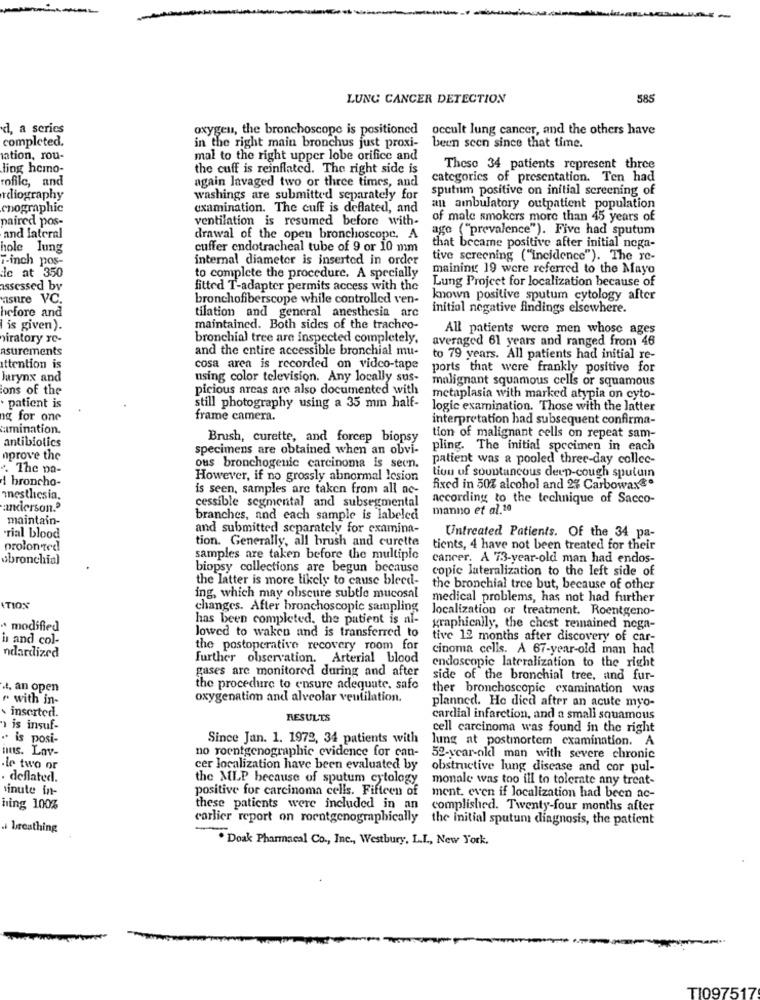
LUNG CANCER DETECTION
585
d, a series
oxygen, the bronchoscope is positioned
occult lung cancer, and the others have
completed.
in the right main bronchus just proxi-
been seen since that time.
ation, rou-
mal to the right upper lobe orifice and
ling hemo-
the cuff is reinflated. The right side is
These 34 patients represent three
rofilc, and
again lavaged two or three times, and
categories of presentation. Ten had
sputum positive on initial screening of
rdiography
washings are submitted separately for
cnographic
examination. The cuff is deflated, and
an ambulatory outpatient population
paired pos-
ventilation is resumed before with-
of male smokers more than 45 years of
ago ("prevalence"). Five had sputum
and lateral
drawal of the open bronchoscope. A
hole Jung
cuffer endotracheal tube of 9 or 10 mm
that became positive after initial nega-
7-inch pos-
internal diameter is inserted in order
tive screening ("incidence"). The re-
maining 19 were referred to the Mayo
le at 350
to complete the procedure. A specially
Lung Project for localization because of
assessed by
fitted T-adapter permits access with the
asure VC.
bronchofiberscope while controlled ven-
known positive sputum cytology after
before and
tilation and general anesthesia arc
initial negative findings elsewhere.
is given).
maintained. Both sides of the tracheo-
All patients were men whose ages
piratory re-
bronchial tree are inspected completely.
averaged 61 years and ranged from 46
asurements
and the entire accessible bronchial mu-
to 79 years. All patients had initial re-
attention is
cosa area is recorded on video-tape
ports that were frankly positive for
larynx and
using color television. Any locally sus-
malignant squamous cells or squamous
ions of the
picious arcas are also documented with
metaplasia with marked atypia on cyto-
· patient is
still photography using a 35 mm half-
logic examination. Those with the latter
nig for one
frame camera.
interpretation had subsequent confirma-
umination,
antibiotics
Brush, curette, and forcep biopsy
tion of malignant cells on repeat sam-
specimens are obtained when an obvi-
pling. The initial specimen in each
nprove the
patient was a pooled three-day collec-
". The pa-
ous bronchogenic carcinoma is seen.
! broncho-
However, if no grossly abnormal lesion
tion of sountancous deep-cough sputuin
is seen, samples are taken from all ac-
fixed in 50% alcohol and 2% Carbowax
anesthesia.
cessible segmental and subsegmental
according to the technique of Sacco-
anderson."
manno et al.10
maintain-
branches, and each sample is labeled
and submitted separately for examina-
rial blood
tion. Generally, all brush and curette
Untreated Patients. Of the 34 pa-
prolon Ted
tients, 4 have not been treated for their
ubronchial
samples are taken before the multiple
cancer. A 73-year-old man had endos-
biopsy collections are begun because
copic Jateralization to the left side of
the latter is more likely to cause bleed-
the bronchial tree but, because of other
ing, which may obscure subtle mucosal
medical problems, has not had further
ATION
changes. After bronchoscopic sampling
localization or treatment. Roentgeno-
has been completed. the patient is al-
* modified
graphically, the chest remained nega-
i and col-
lowed to waken and is transferred to
tive 12 months after discovery of car-
the postoperative recovery room for
cinoma cells. A 67-year-old man had
ndardized
further observation. Arterial blood
gases are monitored during and after
endoscopic lateralization to the right
side of the bronchial tree, and fur-
, an open
the procedure to ensure adequate, safe
ther bronchoscopic examination was
" with in-
oxygenation and alveolar ventilation.
inserted.
planned. He died after an acute myo-
RESULTS
cardial infarction, and a small squamous
" is insuf-
cell carcinoma was found in the right
" is posi-
Since Jan. 1. 1972, 34 patients with
lung at postmortem examination. A
imus. Lav-
no roentgenographic evidence for can-
52-year-old man with severe chronic
le two or
cer localization have been evaluated by
obstructive lung disease and cor pul-
. deflated.
the MLP because of sputum cytology
monale was too ill to tolerate any treat-
inute in-
positive for carcinoma cells. Fifteen of
ment. even if localization had been ac-
hing 100%
these patients were included in an
complished. Twenty-four months after
carlier report on roentgenographically the initial sputum diagnosis, the patient
.i breathing
-
. Doak Pharmacal Co ., Inc ., Westbury, LI ., New York,
TI097517